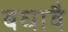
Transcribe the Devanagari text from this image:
बधावै